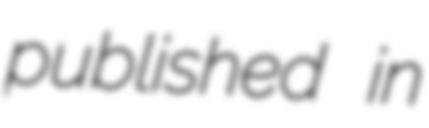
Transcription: published in